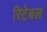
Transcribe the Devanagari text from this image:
रिटेबल